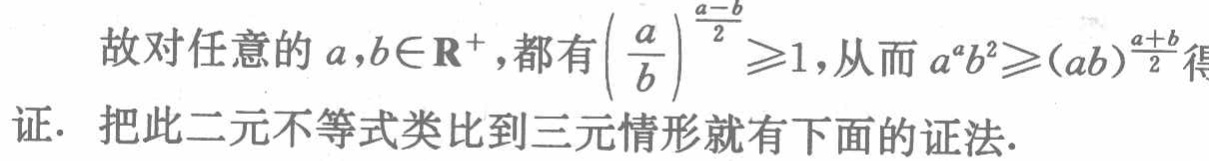
故对任意的 \(a,b\in\mathbb{R}^{+}\)，都有\(\left(\dfrac{a}{b}\right)^{\frac{a - b}{2}}\geqslant1\)，从而 \(a^{a}b^{2}\geqslant(ab)^{\frac{a + b}{2}}\)得证. 把此二元不等式类比到三元情形就有下面的证法.